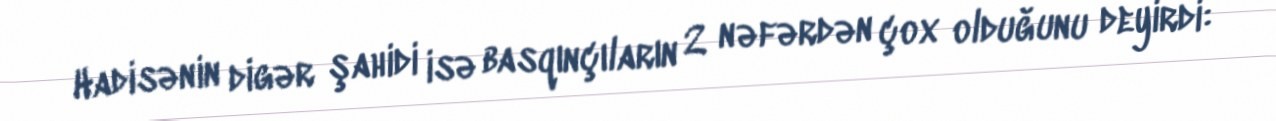
Hadisənin digər şahidi isə basqınçıların 2 nəfərdən çox olduğunu deyirdi: